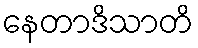
နေတာဒိသာတိ